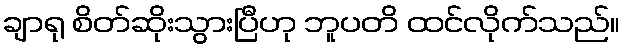
ချာရု စိတ်ဆိုးသွားပြီဟု ဘူပတိ ထင်လိုက်သည်။